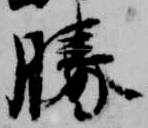
勝